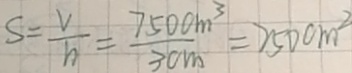
S = \frac { V } { h } = \frac { 7 5 0 0 m ^ { 3 } } { 3 0 m } = 2 5 0 0 m ^ { 2 }